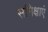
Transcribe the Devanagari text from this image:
समिक्षाएं